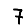
Digit: 7